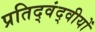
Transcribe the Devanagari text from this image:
प्रतिद्वंद्वीयों